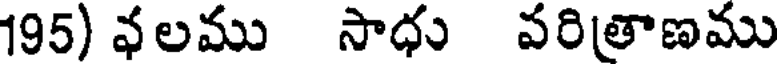
195) వలము సాధు వరిత్రాణము